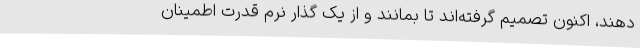
دهند، اکنون تصمیم گرفته‌اند تا بمانند و از یک گذار نرم قدرت اطمینان